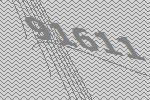
91611